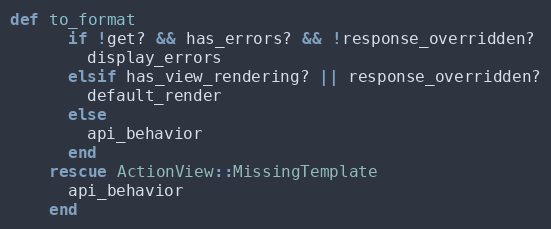
Language: Ruby
def to_format
      if !get? && has_errors? && !response_overridden?
        display_errors
      elsif has_view_rendering? || response_overridden?
        default_render
      else
        api_behavior
      end
    rescue ActionView::MissingTemplate
      api_behavior
    end